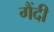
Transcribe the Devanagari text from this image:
गैंदी